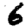
Digit: 6